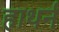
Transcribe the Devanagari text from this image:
हाथर्न